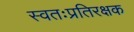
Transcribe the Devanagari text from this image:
स्वतःप्रतिरक्षक